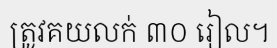
ត្រូវគយលក់ ៣០ រៀល។